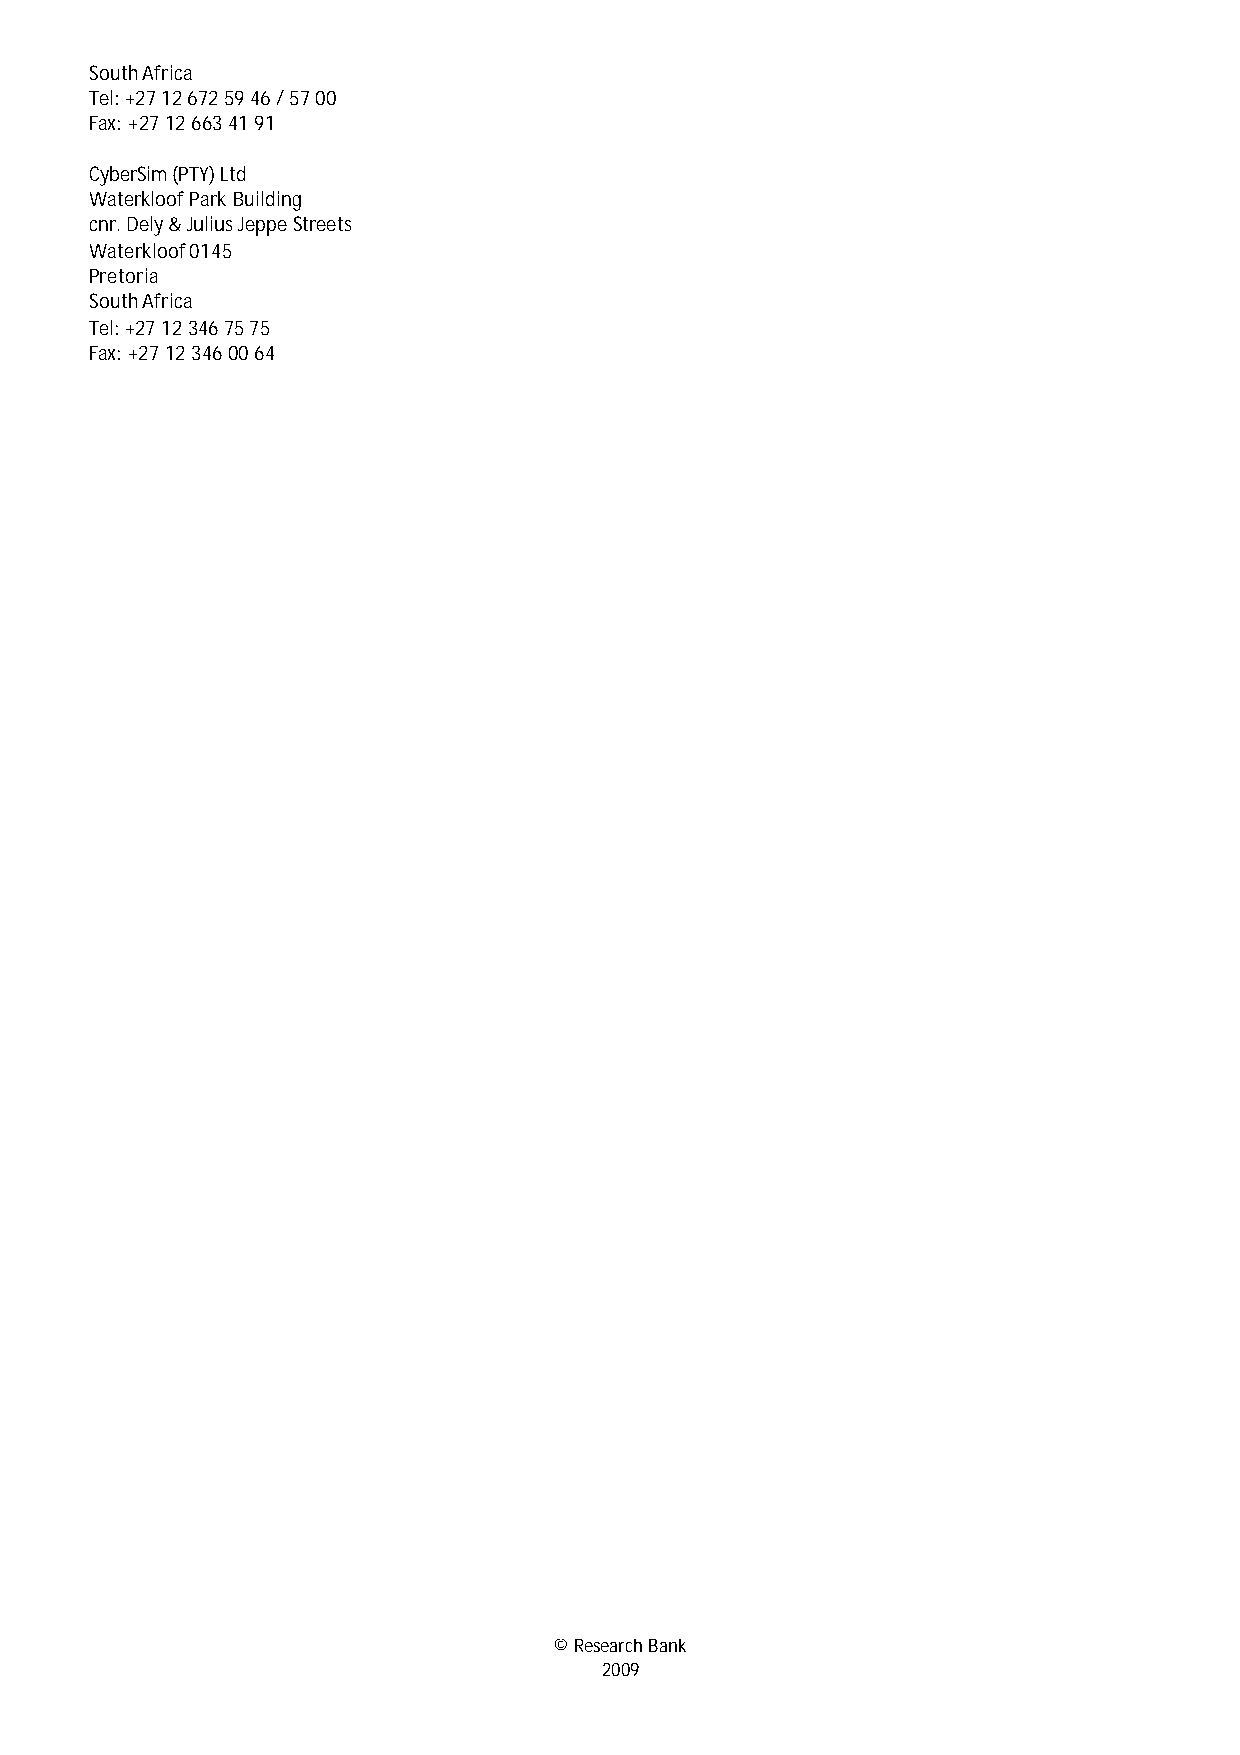
South Africa
 Tel: +27 12 672 59 46 / 57 00
 Fax: +27 12 663 41 91
 CyberSim (PTY) Ltd
 Waterkloof Park Building
 cnr. Dely & Julius Jeppe Streets
 Waterkloof 0145
 Pretoria
 South Africa
 Tel: +27 12 346 75 75
 Fax: +27 12 346 00 64
 © Research Bank
 2009